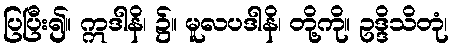
ပြပြီး၍။ ဣဒါနိ၊ ၌။ မူလပဒါနိ၊ တို့ကို။ ဥဒ္ဒိသိတုံ၊